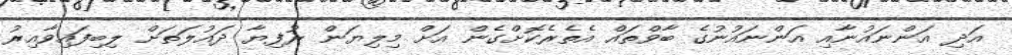
އަދި އަންނައުނާއި އަންނައުނުގެ ބާވްތައް އެތެރެކޮށްގެން އަށް މިލިޔަން ރުފިޔާ ދައުލަތަށް ލިބިފައިވާއިރު